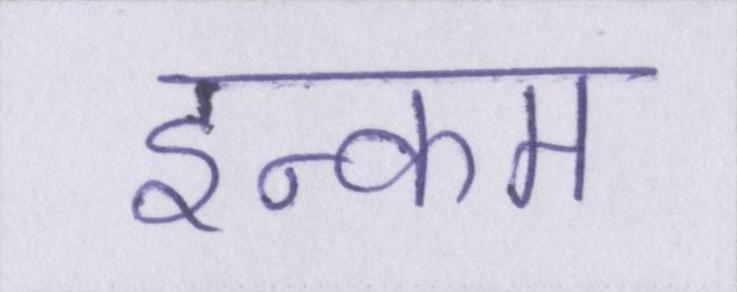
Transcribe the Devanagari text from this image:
इन्कम